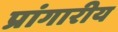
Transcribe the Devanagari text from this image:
प्रांगारीय